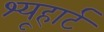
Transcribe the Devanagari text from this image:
श्यूहार्ट